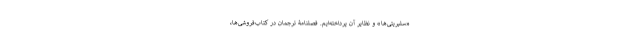
«سلبریتی‌ها» و نظایر آن پرداخته‌ایم. فصلنامۀ ترجمان در کتاب‌فروشی‌ها،